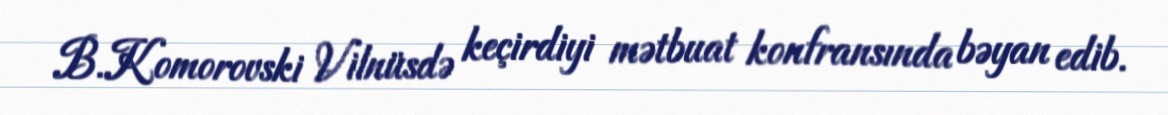
B.Komorovski Vilnüsdə keçirdiyi mətbuat konfransında bəyan edib.